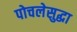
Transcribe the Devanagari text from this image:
पोचलेसुद्धा